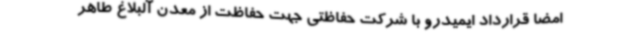
امضا قرارداد ایمیدرو با شرکت حفاظتی جهت حفاظت از معدن آلبلاغ طاهر